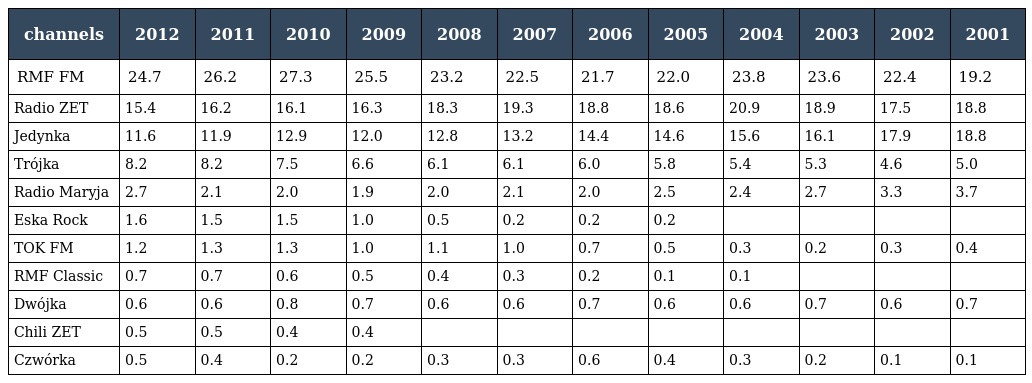
| channels | 2012 | 2011 | 2010 | 2009 | 2008 | 2007 | 2006 | 2005 | 2004 | 2003 | 2002 | 2001 |
 | --- | --- | --- | --- | --- | --- | --- | --- | --- | --- | --- | --- | --- |
 | RMF FM | 24.7 | 26.2 | 27.3 | 25.5 | 23.2 | 22.5 | 21.7 | 22.0 | 23.8 | 23.6 | 22.4 | 19.2 |
 | Radio ZET | 15.4 | 16.2 | 16.1 | 16.3 | 18.3 | 19.3 | 18.8 | 18.6 | 20.9 | 18.9 | 17.5 | 18.8 |
 | Jedynka | 11.6 | 11.9 | 12.9 | 12.0 | 12.8 | 13.2 | 14.4 | 14.6 | 15.6 | 16.1 | 17.9 | 18.8 |
 | Trójka | 8.2 | 8.2 | 7.5 | 6.6 | 6.1 | 6.1 | 6.0 | 5.8 | 5.4 | 5.3 | 4.6 | 5.0 |
 | Radio Maryja | 2.7 | 2.1 | 2.0 | 1.9 | 2.0 | 2.1 | 2.0 | 2.5 | 2.4 | 2.7 | 3.3 | 3.7 |
 | Eska Rock | 1.6 | 1.5 | 1.5 | 1.0 | 0.5 | 0.2 | 0.2 | 0.2 |  |  |  |  |
 | TOK FM | 1.2 | 1.3 | 1.3 | 1.0 | 1.1 | 1.0 | 0.7 | 0.5 | 0.3 | 0.2 | 0.3 | 0.4 |
 | RMF Classic | 0.7 | 0.7 | 0.6 | 0.5 | 0.4 | 0.3 | 0.2 | 0.1 | 0.1 |  |  |  |
 | Dwójka | 0.6 | 0.6 | 0.8 | 0.7 | 0.6 | 0.6 | 0.7 | 0.6 | 0.6 | 0.7 | 0.6 | 0.7 |
 | Chili ZET | 0.5 | 0.5 | 0.4 | 0.4 |  |  |  |  |  |  |  |  |
 | Czwórka | 0.5 | 0.4 | 0.2 | 0.2 | 0.3 | 0.3 | 0.6 | 0.4 | 0.3 | 0.2 | 0.1 | 0.1 |